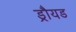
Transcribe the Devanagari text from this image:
ड्रौयड